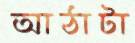
আঠাটা